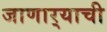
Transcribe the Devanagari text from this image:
जाणार्‍याची